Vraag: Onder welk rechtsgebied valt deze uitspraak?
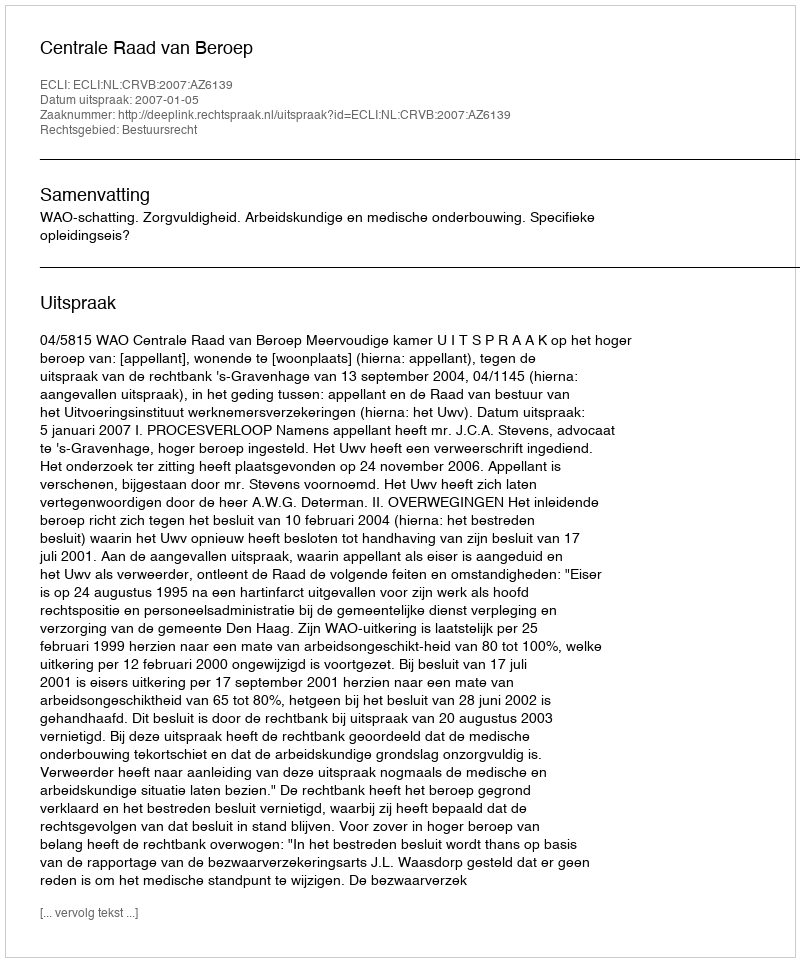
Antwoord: Bestuursrecht